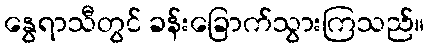
နွေရာသီတွင် ခန်းခြောက်သွားကြသည်။